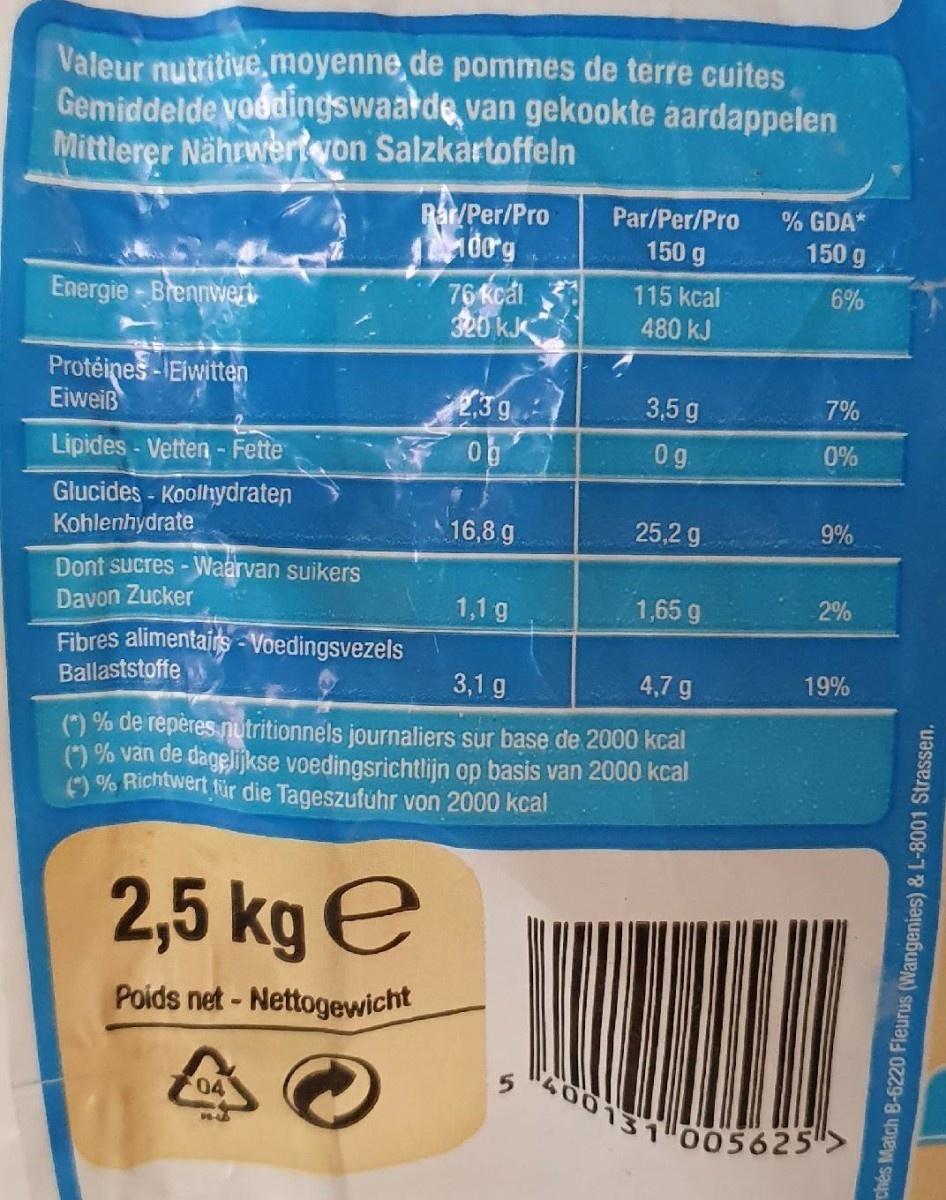
Valeur nutritive moyenne,de pommes de terre cuites Gemiddelde voodingswaatde van gekookte aardappelen Mittlerer Nährwertyon Salzkartoffeln
Rar/Per/Pro 00g
% GDA*
Par/Per/Pro 150 g
150 g
76 kcál 320 kJK
115 kcal
6%
Energie - Brennwert
480 kJ
Protéines-IEiwitten Eiweiß
23 9 0g
3,5 g
7%
Lipides - Vetten - Fette
0g
0%
Glucides - Koolhydraten Kohlenhydrate
16,8 g
25,2 g
9%
Dont sucres - Waarvan suikers Davon Zucker
1,1 g
1,65 g
2%
Fibres alimentairs- Voedingsvezels Ballaststoffe
3,1 g
4,7 g
19%
(") % de répères nutritionnels journaliers sur base de 2000 kcal (*) % van de dagelijkse voedingsrichtlijn op basis van 2000 kcal C) % Richtwert für die Tageszuführ von 2000 kcal
2,5 kg e
Poids net - Nettogewicht
400131 005625"
04
chés Match B-6220 Fleurus (Wangenies) & L-8001 Strassen.